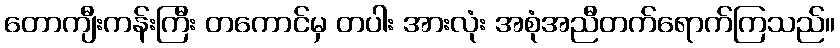
တောကျီးကန်းကြီး တကောင်မှ တပါး အားလုံး အစုံအညီတက်ရောက်ကြသည်။